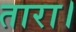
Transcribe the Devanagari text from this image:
तारा।